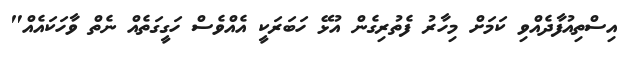
އިސްތިއުފާދެއްވި ކަމަށް މިހާރު ފެތުރިގެން އުޅޭ ހަބަރަކީ އެއްވެސް ހަގީގަތެއް ނެތް ވާހަކައެއް"